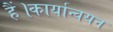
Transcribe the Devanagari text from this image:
हैं।कार्यान्वयन